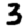
Digit: 3